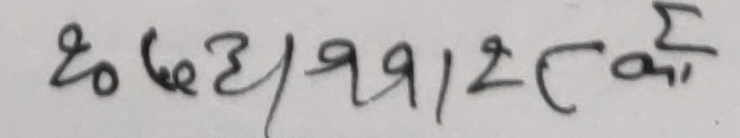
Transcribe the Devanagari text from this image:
छो६३१११२एइर्का